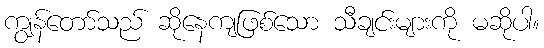
ကျွန်တော်သည် ဆိုနေကျဖြစ်သော သီချင်းများကို မဆိုပါ။